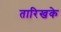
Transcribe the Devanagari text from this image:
तारिखके